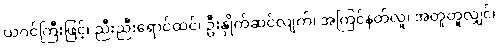
ယဂင်ကြီးဖြင့်၊ ညီးညီးရောင်ထင်၊ ဦးနှိုက်ဆင်လျက်၊ အကြင်နတ်လူ၊ အတူတူလျှင်၊